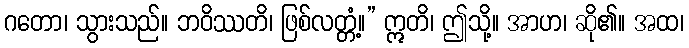
ဂတော၊ သွားသည်။ ဘဝိဿတိ၊ ဖြစ်လတ္တံ့။” ဣတိ၊ ဤသို့။ အာဟ၊ ဆို၏။ အထ၊